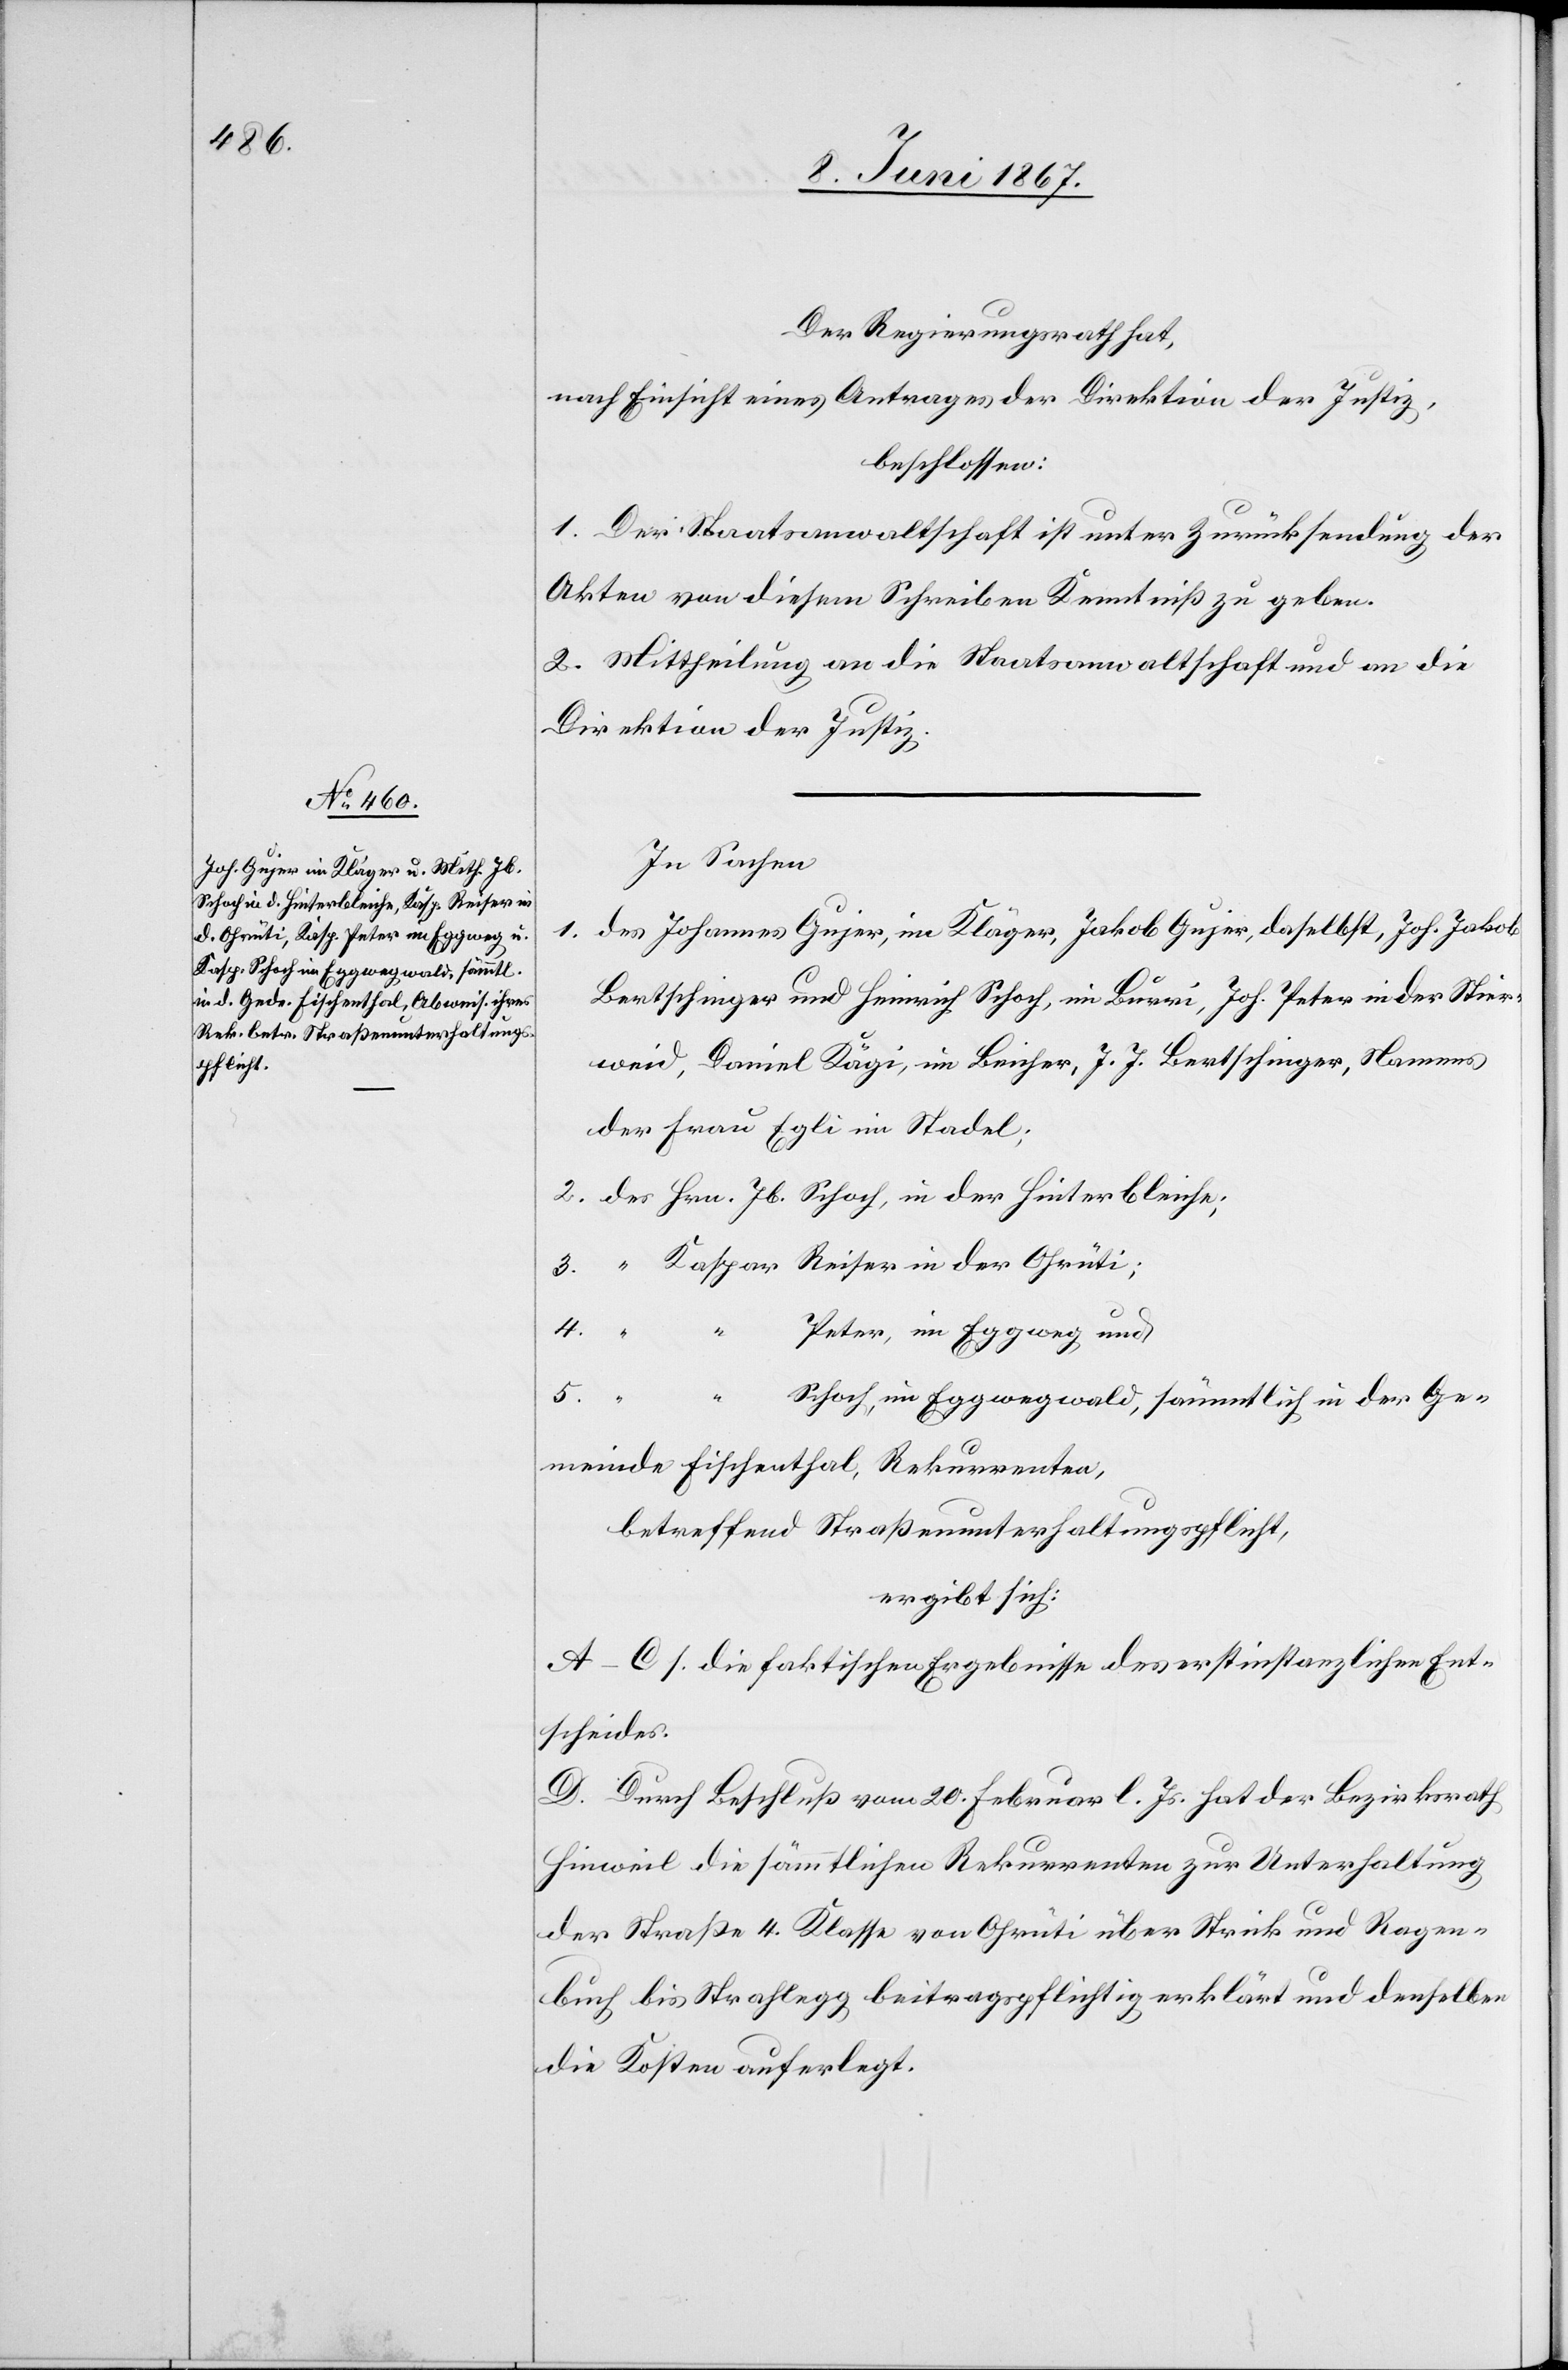
Der Regierungsrath hat,
nach Einsicht eines Antrages der Direktion der Justiz,
beschlossen:
1. Der Staatsanwaltschaft ist unter Zurücksendung der
Akten von diesem Schreiben Kenntniß zu geben.
2. Mittheilung an die Staatsanwaltschaft und an die
Direktion der Justiz.
In Sachen
1.	des Johannes Gujer, im Kläger, Jakob Gujer, daselbst, Joh. Jakob
Bertschinger und Heinrich Schoch, im Burri, Joh. Peter in der Stier¬
weid, Daniel Kägi, in Beicher, J. J. Bertschinger, Namens
der Frau Egli im Stadel;
2.	des Hrn. Jb. Schoch, in der Hinterbleiche;
3.	 “ Kaspar Reiser in der Ohrüti;
Peter, in Eggweg und
Schoch, im Eggwegwald, sämmtlich in der Ge¬
meinde Fischenthal, Rekurrenten,
betreffend Straßenunterhaltungspflicht,
ergibt sich:
A–C. s. die faktischen Ergebnisse des erstinstanzlichen Ent¬
scheides.
D. Durch Beschluß vom 20. Februar l. Js. hat der Bezirksrath
Hinweil die sämmtlichen Rekurrenten zur Unterhaltung
der Straße 4. Klasse von Ohrüti über Streik und Rogen¬
buch bis Strahlegg beitragspflichtig erklärt und denselben
die Kosten auferlegt.